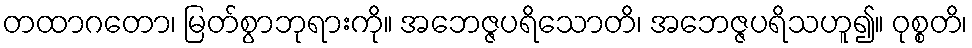
တထာဂတော၊ မြတ်စွာဘုရားကို။ အဘေဇ္ဇပရိသောတိ၊ အဘေဇ္ဇပရိသဟူ၍။ ဝုစ္စတိ၊